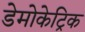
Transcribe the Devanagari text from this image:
डेमोकेट्रिक